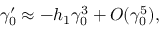
\gamma _ { 0 } ^ { \prime } \approx - h _ { 1 } \gamma _ { 0 } ^ { 3 } + { \cal { O } } ( \gamma _ { 0 } ^ { 5 } ) ,